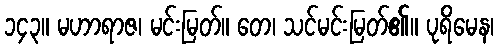
၁၄၃။ မဟာရာဇ၊ မင်းမြတ်။ တေ၊ သင်မင်းမြတ်၏။ ပုရိမေန၊